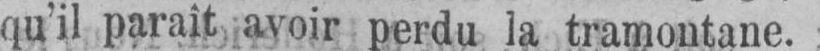
qu’il parait avoir perdu la tramontane.